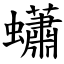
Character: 蠨